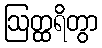
ဩတ္ထရိတွာ